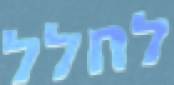
לחלל